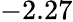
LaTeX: -2.27